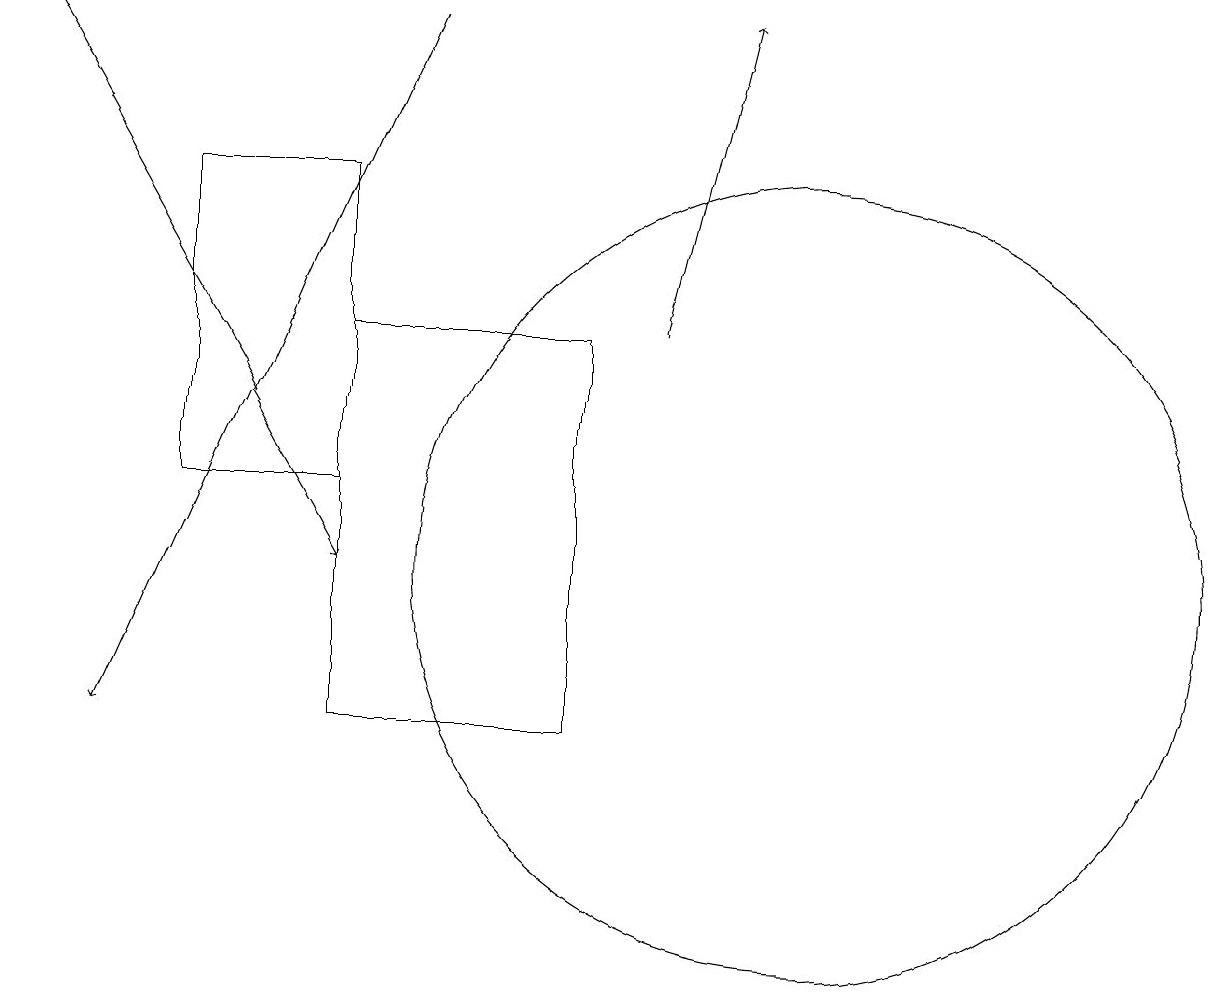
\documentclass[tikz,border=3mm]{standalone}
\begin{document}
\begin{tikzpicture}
\draw[->] (0,19) -- (4,12);
\draw[->] (8,15) -- (9,19);
\draw (10,12) circle (5);
\draw (4,10) rectangle (7,15);
\draw (2,17) rectangle (4,13);
\draw[->] (5,19) -- (1,10);
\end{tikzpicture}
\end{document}